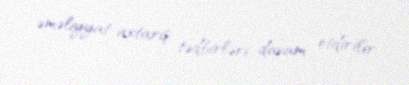
əməliyyat-axtarış tədbirləri davam etdirilir.